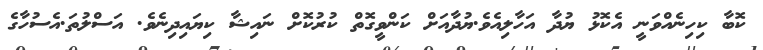
ކޮބާ ކިހިނެއްވަނީ އެކޮޅު ޔުދާ އަހާލިއެވެ.ޔުދާއަށް ކަންވީގޮތް ކުރުކޮށް ނައިޝާ ކިޔައިދިނެވެ. އަސްލުތަ.އެސުހާގެ